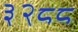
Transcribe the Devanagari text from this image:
३२८८